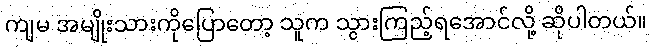
ကျမ အမျိုးသားကိုပြောတော့ သူက သွားကြည့်ရအောင်လို့ ဆိုပါတယ်။